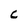
Character: c